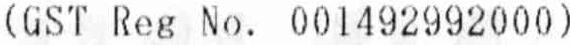
(GST REG NO. 001492992000)